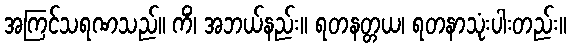
အကြင်သရဏသည်။ ကိံ၊ အဘယ်နည်း။ ရတနတ္တယ၊ ရတနာသုံးပါးတည်း။